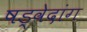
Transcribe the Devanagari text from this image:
षड्वेदांग